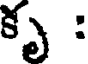
కృ :